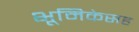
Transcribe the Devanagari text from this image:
भूमिकेसह